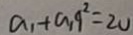
a _ { 1 } + a _ { 1 } q ^ { 2 } = 2 0